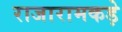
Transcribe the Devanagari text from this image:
राजारामकड़े